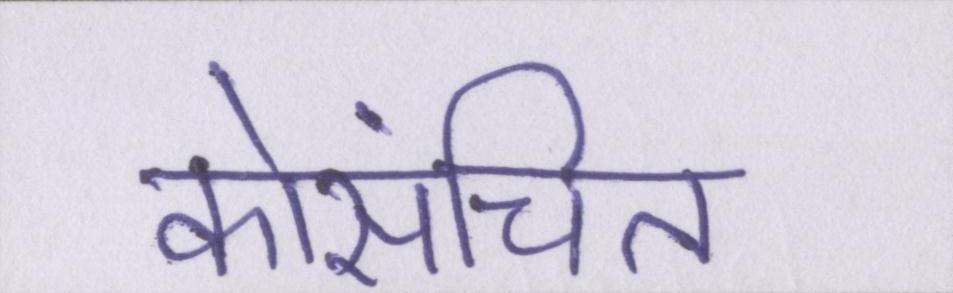
कोसंचित